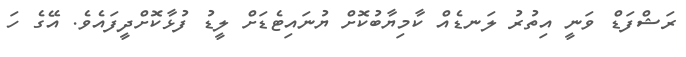
ރަޝްފަޑް ވަނީ އިތުރު ލަނޑެއް ކާމިޔާބުކޮށް ޔުނައިޓެޑަށް ލީޑު ފުޅާކޮށްދީފައެވެ. އޭގެ ހަ